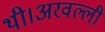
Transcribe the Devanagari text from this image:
थी।अरवल्ली